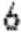
6